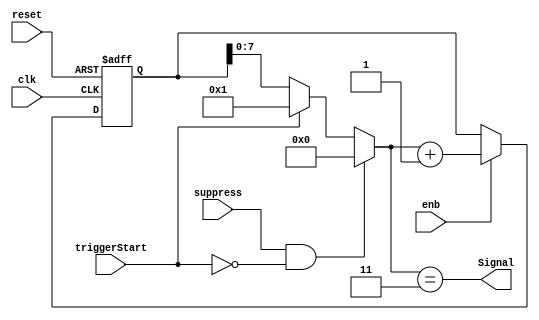
// -------------------------------------------------------------
// 
// 
// Generated by MATLAB 9.13 and HDL Coder 4.0
// 
// -------------------------------------------------------------


// -------------------------------------------------------------
// 
// Module: counterTrigger
// Source Path: BlobAnalysisHDL/BlobDetector/CCA_Algorithm/cca/Merge/counterTrigger
// Hierarchy Level: 4
// 
// -------------------------------------------------------------

`timescale 1 ns / 1 ns

module counterTrigger
          (clk,
           reset,
           enb,
           triggerStart,
           suppress,
           Signal);


  input   clk;
  input   reset;
  input   enb;
  input   triggerStart;
  input   suppress;
  output  Signal;


  wire Logical_Operator1_out1;
  wire Logical_Operator_out1;
  wire [7:0] Constant_out1;  // uint8
  wire [8:0] Constant6_out1;  // ufix9
  wire [7:0] Constant5_out1;  // uint8
  wire [7:0] Switch3_out1;  // uint8
  wire [8:0] Sum_1;  // ufix9
  wire [8:0] Sum_2;  // ufix9
  wire [8:0] Sum_out1;  // ufix9
  reg [8:0] Delay6_out1;  // ufix9
  wire [8:0] Switch4_out1;  // ufix9
  wire [7:0] Switch4_out1_dtc;  // uint8
  wire Compare_To_Constant_out1;


  assign Logical_Operator1_out1 =  ~ triggerStart;



  assign Logical_Operator_out1 = suppress & Logical_Operator1_out1;



  assign Constant_out1 = 8'b00000001;



  assign Constant6_out1 = 9'b000000001;



  assign Constant5_out1 = 8'b00000000;



  assign Sum_1 = {1'b0, Switch3_out1};
  assign Sum_2 = {1'b0, Constant_out1};
  assign Sum_out1 = Sum_1 + Sum_2;



  always @(posedge clk or posedge reset)
    begin : Delay6_process
      if (reset == 1'b1) begin
        Delay6_out1 <= 9'b000000000;
      end
      else begin
        if (enb) begin
          Delay6_out1 <= Sum_out1;
        end
      end
    end



  assign Switch4_out1 = (triggerStart == 1'b0 ? Delay6_out1 :
              Constant6_out1);



  assign Switch4_out1_dtc = Switch4_out1[7:0];



  assign Switch3_out1 = (Logical_Operator_out1 == 1'b0 ? Switch4_out1_dtc :
              Constant5_out1);



  assign Compare_To_Constant_out1 = Switch3_out1 == 8'b00000011;



  assign Signal = Compare_To_Constant_out1;

endmodule  // counterTrigger